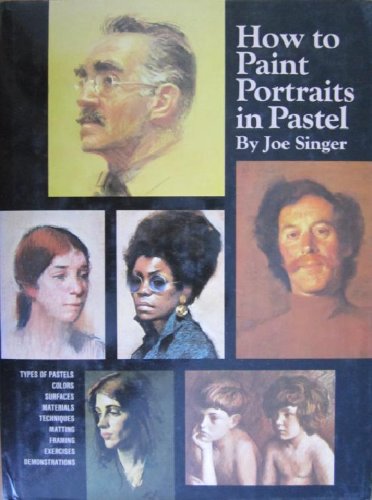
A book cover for How to Paint Portraits in Pastel; Joe Singer; Arts & Photography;